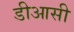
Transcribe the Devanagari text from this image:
डीआसी